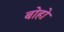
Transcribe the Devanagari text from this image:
बोहो